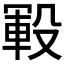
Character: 𰚅